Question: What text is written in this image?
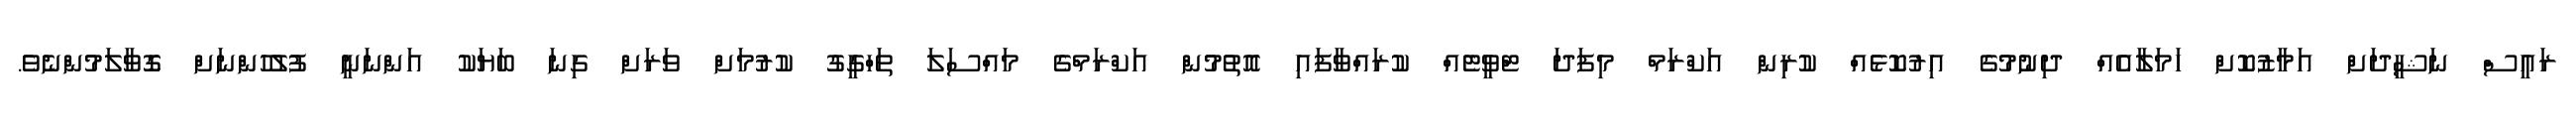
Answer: ރައީސް ނަޝީދަށް އަމާޒުކޮށް ހަމަލާއެއް ދިނުމުގެ އިރުކޮޅެއް ކުރިން އަކްރަމް މިފަދަ ޓްވީޓެއް ކުރައްވާފައި އޮތުމުން އަކްރަމްގެ މައްސަލަ ތަހްގީގު ކުރުމަށް ވަރަށް ގިނަ ބަޔަކު އަންނަނީ ފުލުހުންނަށް ގޮވާލަމުންނެވެ.